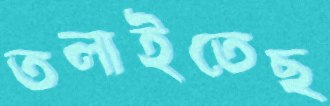
তলাইতেছ